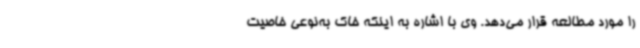
را مورد مطالعه قرار می‌دهد. وی با اشاره به اینکه خاک به‌نوعی خاصیت